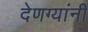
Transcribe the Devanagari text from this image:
देणग्यांनी